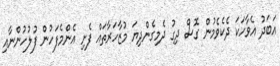
އަބަދު އެވާހަކަ ދެކެވެމުން ގޮސް ދިގު ދެމިގެންދިޔަ މުޒާހަރާތައް ފެށި އެންމެފަހުން ފުލުހުންނާއި